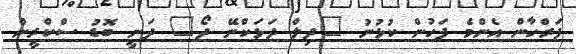
ފަރްހާން އެންމެ ފަހުން ކުޅުނު "ދިލް ދަޅަކްނޭ ދޯ" ދަނީ ބޮޑު ސްކްރީން